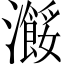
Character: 𤃠